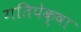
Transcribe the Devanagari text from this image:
गतिपेक्षा